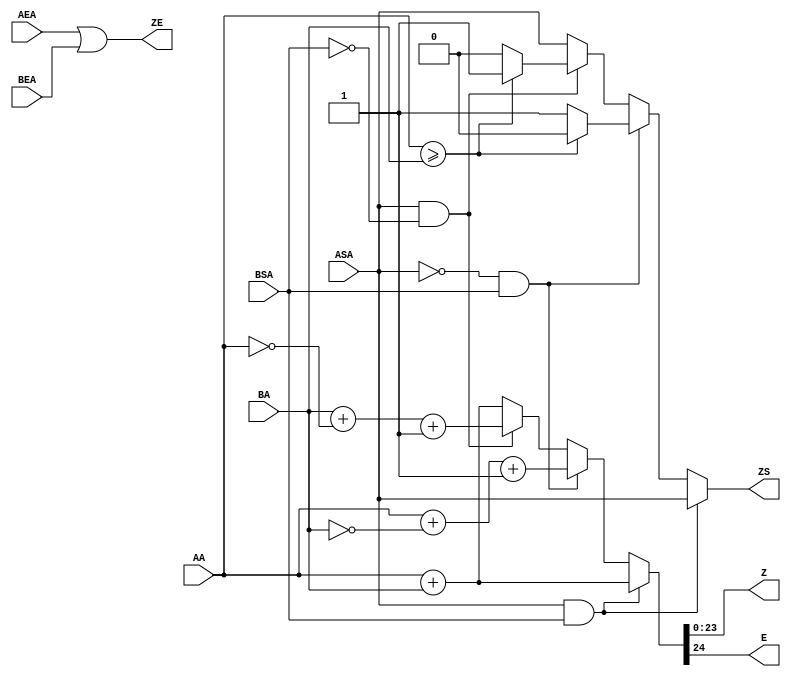
`timescale 1ns / 1ps
module add_1(
    input [23:0] AA,
    input [23:0] BA,
    input [7:0] BEA,
    input [7:0] AEA,
    input ASA,
    input BSA,
    output reg [23:0] Z,
    output reg [7:0] ZE,
    output reg ZS,
    output reg E
    );
always @(ASA,BSA,AA,BA,AEA,BEA) begin
ZE<=(AEA|BEA);
if (ASA==1 && BSA==1) begin
ZS<=ASA;
{E,Z}<=AA+BA;
end
else if (ASA==0 && BSA==1) begin
if(AA>=BA) begin
ZS<=0;
end
else begin
ZS<=1;
end
{E,Z}<=AA+(~BA)+24'b1;
end
else if (ASA==1 && BSA==0) begin
if(AA>=BA) begin
ZS<=1;
end
else begin
ZS<=0;
end
{E,Z}<=BA+(~AA)+24'b1;
end
else begin
ZS<=ASA;
{E,Z}<=AA+BA;
end
end
endmodule